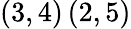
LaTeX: \left(3,4\right)\left(2,5\right)